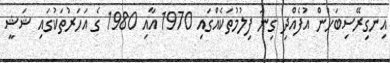
އިނގިރޭސިބަހުން އުފެއްދި ގިނަ ފިލުމުތަކެއްގައި 1970 އާއި 1980 ގެ އަހަރުތަކުގައި ޝަޝީ